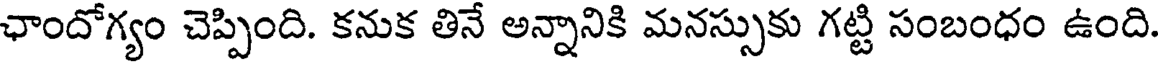
ఛాందోగ్యం చెప్పింది. కనుక తినే అన్నానికి మనస్సుకు గట్టి సంబంధం ఉంది